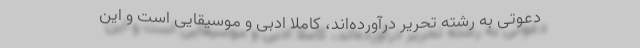
دعوتی به رشته تحریر درآورده‌اند، کاملاً ادبی و موسیقایی است و این